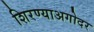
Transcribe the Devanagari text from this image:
शिरण्याअगोदर